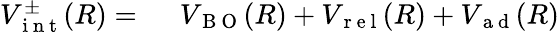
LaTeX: \begin{array}{rl}{V_{\mathrm{~i~n~t~}}^{\pm}(R)=\ }&{{}V_{\mathrm{~B~O~}}(R)+V_{\mathrm{~r~e~l~}}(R)+V_{\mathrm{~a~d~}}(R)}\end{array}